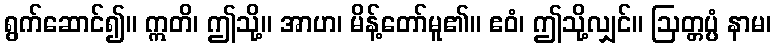
ရွက်ဆောင်၍။ ဣတိ၊ ဤသို့။ အာဟ၊ မိန့်တော်မူ၏။ ဧဝံ၊ ဤသို့လျှင်။ ဩတ္တပ္ပံ နာမ၊